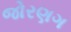
જોરણગ